Scottish Leaving Certificate Examination, 1954
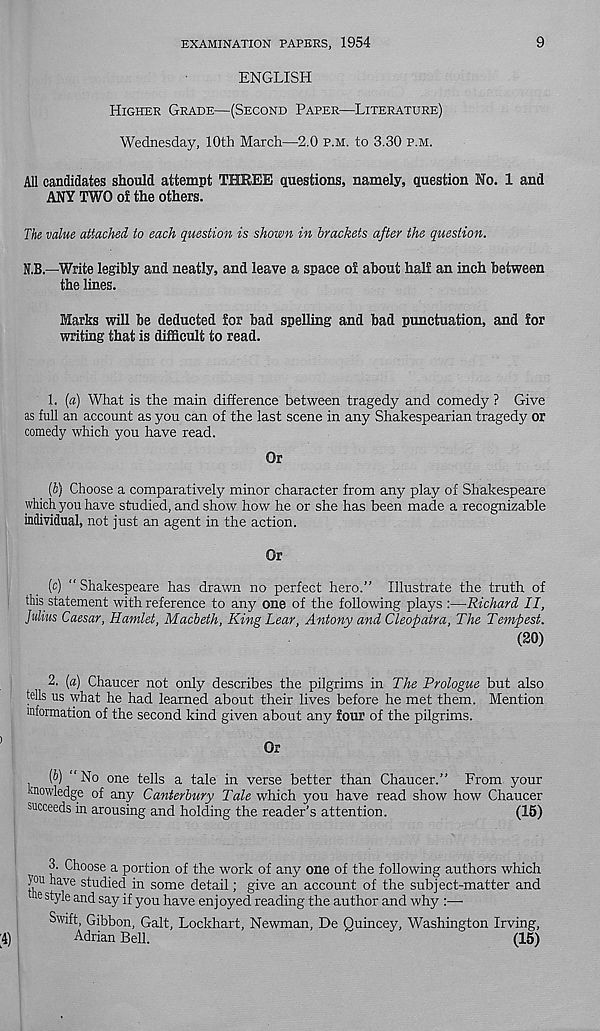
EXAMINATION PAPERS, 1954
9
ENGLISH
HIGHER GRADE—(SECOND PAPER—LITERATURE)
Wednesday, 10th March—2.0 P.M. to 3.30 P.M.
All candidates should attempt THREE questions, namely, question No. 1 and
ANY TWO of the others.
The value attached to each question is shown in brackets after the question.
N.B.—Write legibly and neatly, and leave a space of about half an inch between
the lines.
Marks will be deducted for bad spelling and bad punctuation, and for
writing that is difficult to read.
1.
[a) What is the main difference between tragedy and comedy
as full an account as you can of the last scene in any Shakespearian tragedy or
comedy which you have read.
Or
(5) Choose a comparatively minor character from any play of Shakespeare
which you have studied, and show how he or she has been made a recognizable
individual, not just an agent in the action.
Or
(c) “ Shakespeare has drawn no perfect hero.” Illustrate the truth of
this statement with reference to any one of the following plays :—Richard II,
Julius Caesar, Hamlet, Macbeth, King Lear, Antony and Cleopatra, The Tempest.
(20)
2.
{a) Chaucer not only describes the pilgrims in The Prologue
tells us what he had learned about their lives before he met them. Mention
information of the second kind given about any four of the pilgrims.
Or
(6) “ No one tells a tale in verse better than Chaucer.” From your
knowledge of any Canterbury Tale which you have read show how Chaucer
succeeds in arousing and holding the reader’s attention.
(15)
3.
Choose a portion of the work of any one of the following author
Jou have studied in some detail; give an account of the subject-matter and
e style and say if you have enjoyed reading the author and why :—■
Swift, Gibbon, Galt, Lockhart, Newman, De Quincey, Washington Irving,
Adrian Bell.
(15)